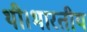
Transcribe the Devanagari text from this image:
थी।भारतीय